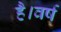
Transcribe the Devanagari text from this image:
है।वर्ष